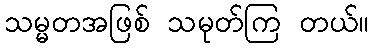
သမ္မတအဖြစ် သမုတ်ကြ တယ်။